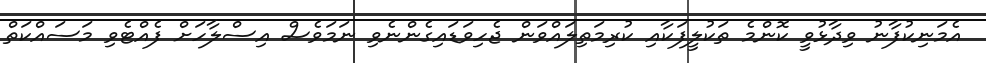
އެމަނިކުފާނު ވިދާޅުވީ ކޮންމެ ތަކުލީފަކާއި ކުރިމަތިލައްވަން ޖެހިވަޑައިގެންނެވި ނަމަވެސް އިސްލާހަށް ފެއްޓެވި މަސައްކަތް